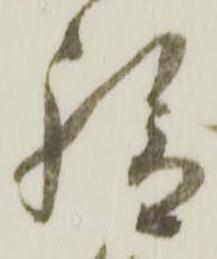
給